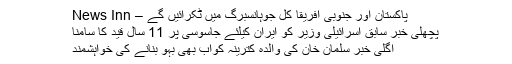
پاکستان اور جنوبی افریقا کل جوہانسبرگ میں ٹکرائیں گے – News Inn
پچھلی خبر سابق اسرائیلی وزیر کو ایران کیلئے جاسوسی پر 11 سال قید کا سامنا
اگلی خبر سلمان خان کی والدہ کترینہ کواب بھی بہو بنانے کی خواہشمند